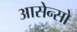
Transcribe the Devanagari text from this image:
आसेन्सो